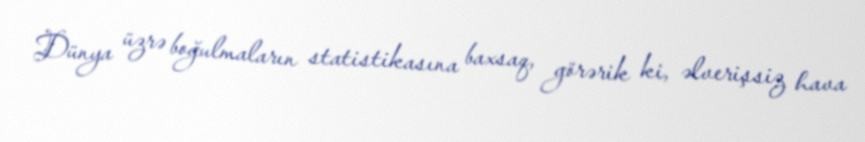
Dünya üzrə boğulmaların statistikasına baxsaq, görərik ki, əlverişsiz hava